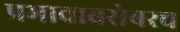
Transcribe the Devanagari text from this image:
प्रभावाबरोबरच